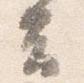
云